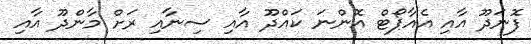
ފޮނަދޫ އާއި އެއާޕޯޓް އޮންނަ ކައްދޫ އާއި ސިނާއި ރަށް މާންދޫ އާއި